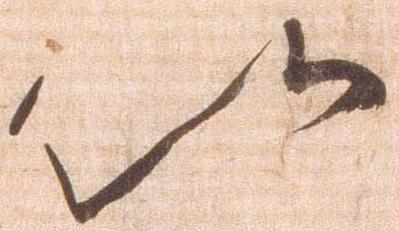
以